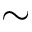
\sim